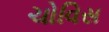
ચોવિસ